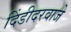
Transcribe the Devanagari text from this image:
दिंडीदरवाजे